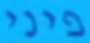
פיני